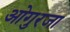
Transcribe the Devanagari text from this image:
ओगुरजा